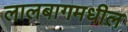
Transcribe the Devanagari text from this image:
लालबागमधील